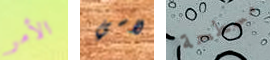
الأمر لاسي مسطحة